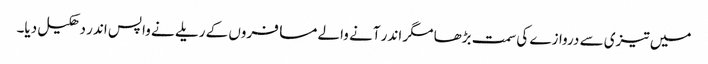
میں تیزی سے دروازے کی سمت بڑھا مگر اندر آنے والے مسافروں کے ریلے نے واپس اندر دھکیل دیا۔